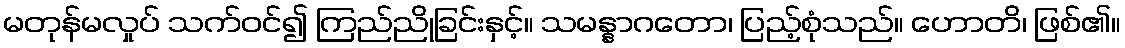
မတုန်မလှုပ် သက်ဝင်၍ ကြည်ညိုခြင်းနှင့်။ သမန္နာဂတော၊ ပြည့်စုံသည်။ ဟောတိ၊ ဖြစ်၏။